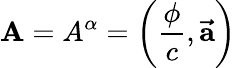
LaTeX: \mathbf{A}=A^{\alpha}=\left({\frac{\phi}{c}},\mathbf{\vec{a}}\right)